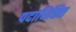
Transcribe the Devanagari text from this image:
पदाधिष्ठित